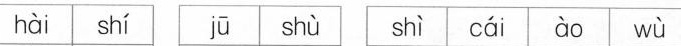
hài shí jū shù shì cái ào wǜ